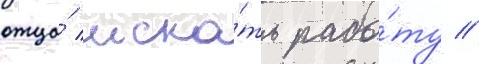
отца́ иска́ть рабо́ту //